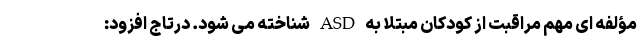
مؤلفه ای مهم مراقبت از کودکان مبتلا به ASD شناخته می شود. درتاج افزود: